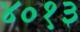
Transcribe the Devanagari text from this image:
४०१३